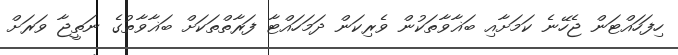
ހިފަހައްޓަން ޖެހޭނެ ކަމަށާއި ބަޣާވާތަކުން ވެރިކަން ދަމަހައްޓާ ފަރާތްތަކަށް ބަޣާވާތުގެ ނަތީޖާ ވަރަށް